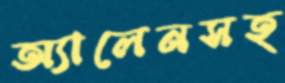
অ্যালেনসহ